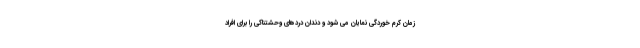
زمان کرم خوردگی نمایان می شود و دندان دردهای وحشتناکی را برای افراد